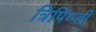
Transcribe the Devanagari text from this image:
त्रिपिण्डी